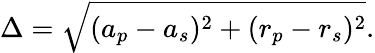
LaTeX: \Delta=\sqrt{(a_{p}-a_{s})^{2}+(r_{p}-r_{s})^{2}}.